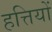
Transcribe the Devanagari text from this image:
हत्तियों